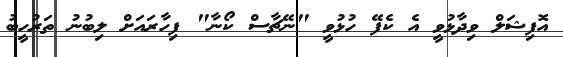
އޮފިޝަލް ވިދާޅުވީ އެ ކެފޭ ހުޅުވީ "ނޭޗާސް ކޯނާ" ފިހާރައަށް ލިބުނު ތަރުހީބު